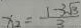
x _ { 2 } = \frac { 1 - 3 \sqrt { 3 } } { 3 }